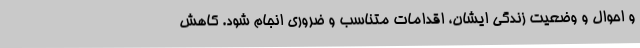
و احوال و وضعیت زندگی ایشان، اقدامات متناسب و ضروری انجام شود. کاهش